Bombay plague: being a history of the progress of plague in the Bombay presidency from September 1896 to June 1899
Year: 1896
Disease focus: Plague
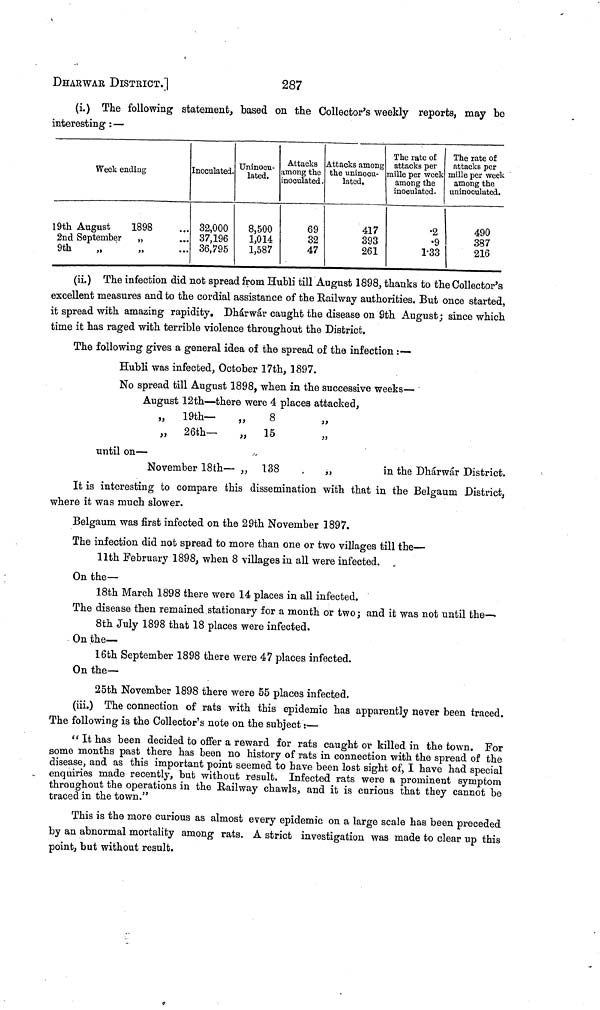
287
DHARWAR DISTRICT.]
(i.) The following statement, based on the Collector's weekly reports, may be
interesting :—
Week ending
19th August
1898
2nd September
„
9th ,, ,,
···
...
Inoculated.
32,000
37,196
36,795
Uninocu-
lated.
8,500
1,014
1,587
Attacks
among the
inoculated.
69
32
47
Attacks among
the uninocu-
lated.
417
393
261
The rate of
attacks per
mille per week
among the
inoculated.
•2
•9
1.33
The rate of
attacks per
mille per week
among the
uninoculated.
490
387
216
(ii.) The infection did not spread from Hubli till August 1898, thanks to the Collector's
excellent measures and to the cordial assistance of the Railway authorities. But once started,
it spread with amazing rapidity. Dhárwár caught the disease on 9th August; since which
time it has raged with terrible violence throughout the District.
The following gives a general idea of the spread of the infection :—
Hubli was infected, October 17th, 1897.
No spread till August 1898, when in the successive weeks—
August 12th—there were 4 places attacked,
„
19th— ,,
„ 26th- „
until on —
November 18th — „
8
15
138
,,
,,
,,
in the Dhárwár District.
It is interesting to compare this dissemination with that in the Belgaum District,
where it was much slower.
Belgaum was first infected on the 29th November 1897.
The infection did not spread to more than one or two villages till the—
11th February 1898, when 8 villages in all were infected.
On the—
18th March 1898 there were 14 places in all infected.
The disease then remained stationary for a month or two; and it was not until the—
8th July 1898 that 18 places were infected.
On the—
16th September 1898 there were 47 places infected.
On the—
25th November 1898 there were 55 places infected.
(iii.) The connection of rats with this epidemic has apparently never been traced.
The following is the Collector's note on the subject :—
"It has been decided to offer a reward for rats caught or killed in the town. For
some months past there has been no history of rats in connection with the spread of the
disease, and as this important point seemed to have been lost sight of, I have had special
enquiries made recently, but without result. Infected rats were a prominent symptom
throughout the operations in the Railway chawls, and it is curious that they cannot be
traced in the town."
This is the more curious as almost every epidemic on a large scale has been preceded
by an abnormal mortality among rats. A strict investigation was made to clear up this
point, but without result.